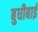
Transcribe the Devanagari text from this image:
बुधीबाई